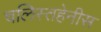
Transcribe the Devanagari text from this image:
चलिस्तहेनीस